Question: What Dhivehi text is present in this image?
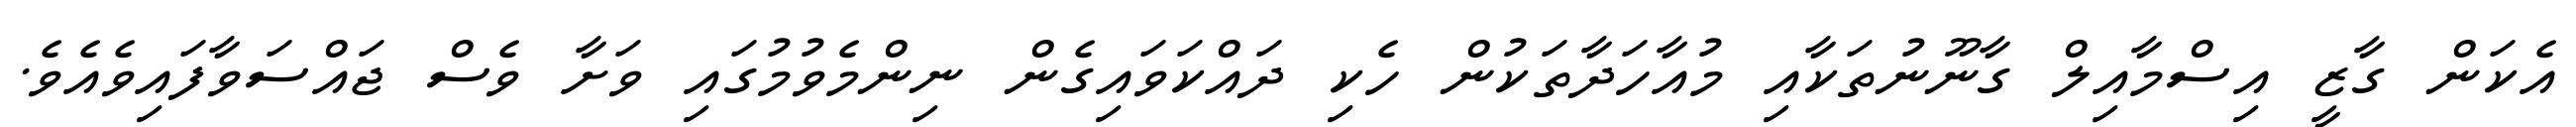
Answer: އެކަން ގާޒީ އިސްމާއިލް ގާނޫނުތަކާއި މުއާހަދާތަކުން ހެކި ދައްކަވައިގެން ނިންމެވުމުގައި ވަށާ ވެސް ޖައްސަވާފައިވެއެވެ.